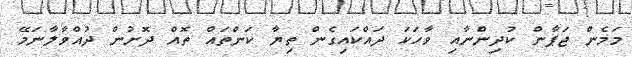
މަމެން ޖަޕާން ކުދިންނާއި ވާހަކަ ދައްކައިގެން ތިޔާ ކަންތައް ތޮއް ދޮށުން ދުއްވާލާނަމޭ